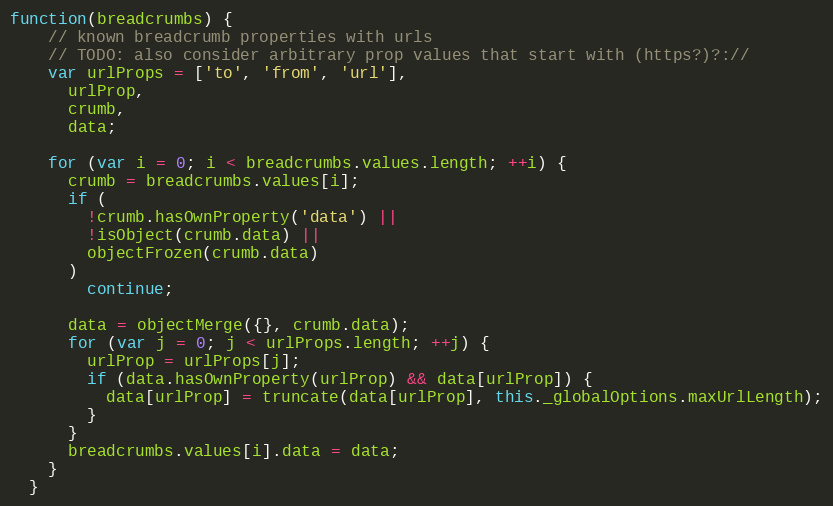
Language: JavaScript
function(breadcrumbs) {
    // known breadcrumb properties with urls
    // TODO: also consider arbitrary prop values that start with (https?)?://
    var urlProps = ['to', 'from', 'url'],
      urlProp,
      crumb,
      data;

    for (var i = 0; i < breadcrumbs.values.length; ++i) {
      crumb = breadcrumbs.values[i];
      if (
        !crumb.hasOwnProperty('data') ||
        !isObject(crumb.data) ||
        objectFrozen(crumb.data)
      )
        continue;

      data = objectMerge({}, crumb.data);
      for (var j = 0; j < urlProps.length; ++j) {
        urlProp = urlProps[j];
        if (data.hasOwnProperty(urlProp) && data[urlProp]) {
          data[urlProp] = truncate(data[urlProp], this._globalOptions.maxUrlLength);
        }
      }
      breadcrumbs.values[i].data = data;
    }
  }